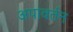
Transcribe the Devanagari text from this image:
अपावर्तन